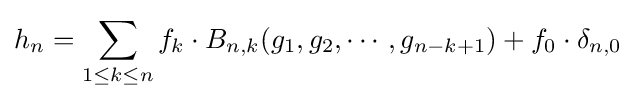
h_{n}=\sum _{1\leq k\leq n}f_{k}\cdot B_{n,k}(g_{1},g_{2},\cdots ,g_{n-k+1})+f_{0}\cdot \delta _{n,0}